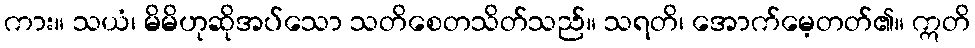
ကား။ သယံ၊ မိမိဟုဆိုအပ်သော သတိစေတသိတ်သည်။ သရတိ၊ အောက်မေ့တတ်၏။ ဣတိ